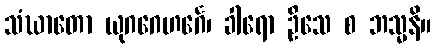
သံဃာတော ယုဂဂေဟင်္ဂေ၊ ခါရော ဦသေ စ ဘသ္မနိ။